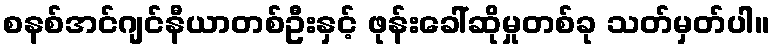
စနစ်အင်ဂျင်နီယာတစ်ဦးနှင့် ဖုန်းခေါ်ဆိုမှုတစ်ခု သတ်မှတ်ပါ။